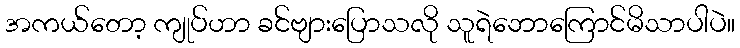
အကယ်တော့ ကျုပ်ဟာ ခင်ဗျားပြောသလို သူရဲဘောကြောင်မိသာပါပဲ။